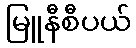
မြူနီစီပယ်